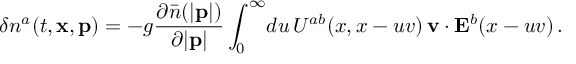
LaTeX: \delta n ^ { a } ( t , { \bf x } , { \bf p } ) = - g { \frac { \partial \bar { n } ( | { \bf p } | ) } { \partial | { \bf p } | } } \int _ { 0 } ^ { \infty } \! d u \, U ^ { a b } ( x , x - u v ) \, { \bf v } \cdot { \bf E } ^ { b } ( x - u v ) \, .